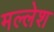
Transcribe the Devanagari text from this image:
मल्लेश